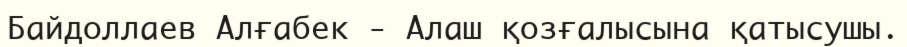
Байдоллаев Алғабек - Алаш қозғалысына қатысушы.